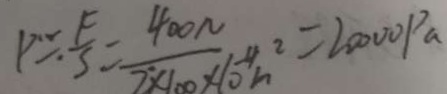
P = \frac { F } { s } = \frac { 4 0 0 N } { 2 \times 1 0 0 \times 1 0 ^ { - 4 } m ^ { 2 } } = 2 0 0 0 0 p a